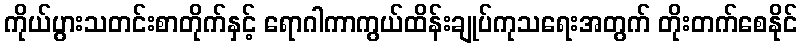
ကိုယ်ပွားသတင်းစာတိုက်နှင့် ရောဂါကာကွယ်ထိန်းချုပ်ကုသရေးအတွက် တိုးတက်စေနိုင်